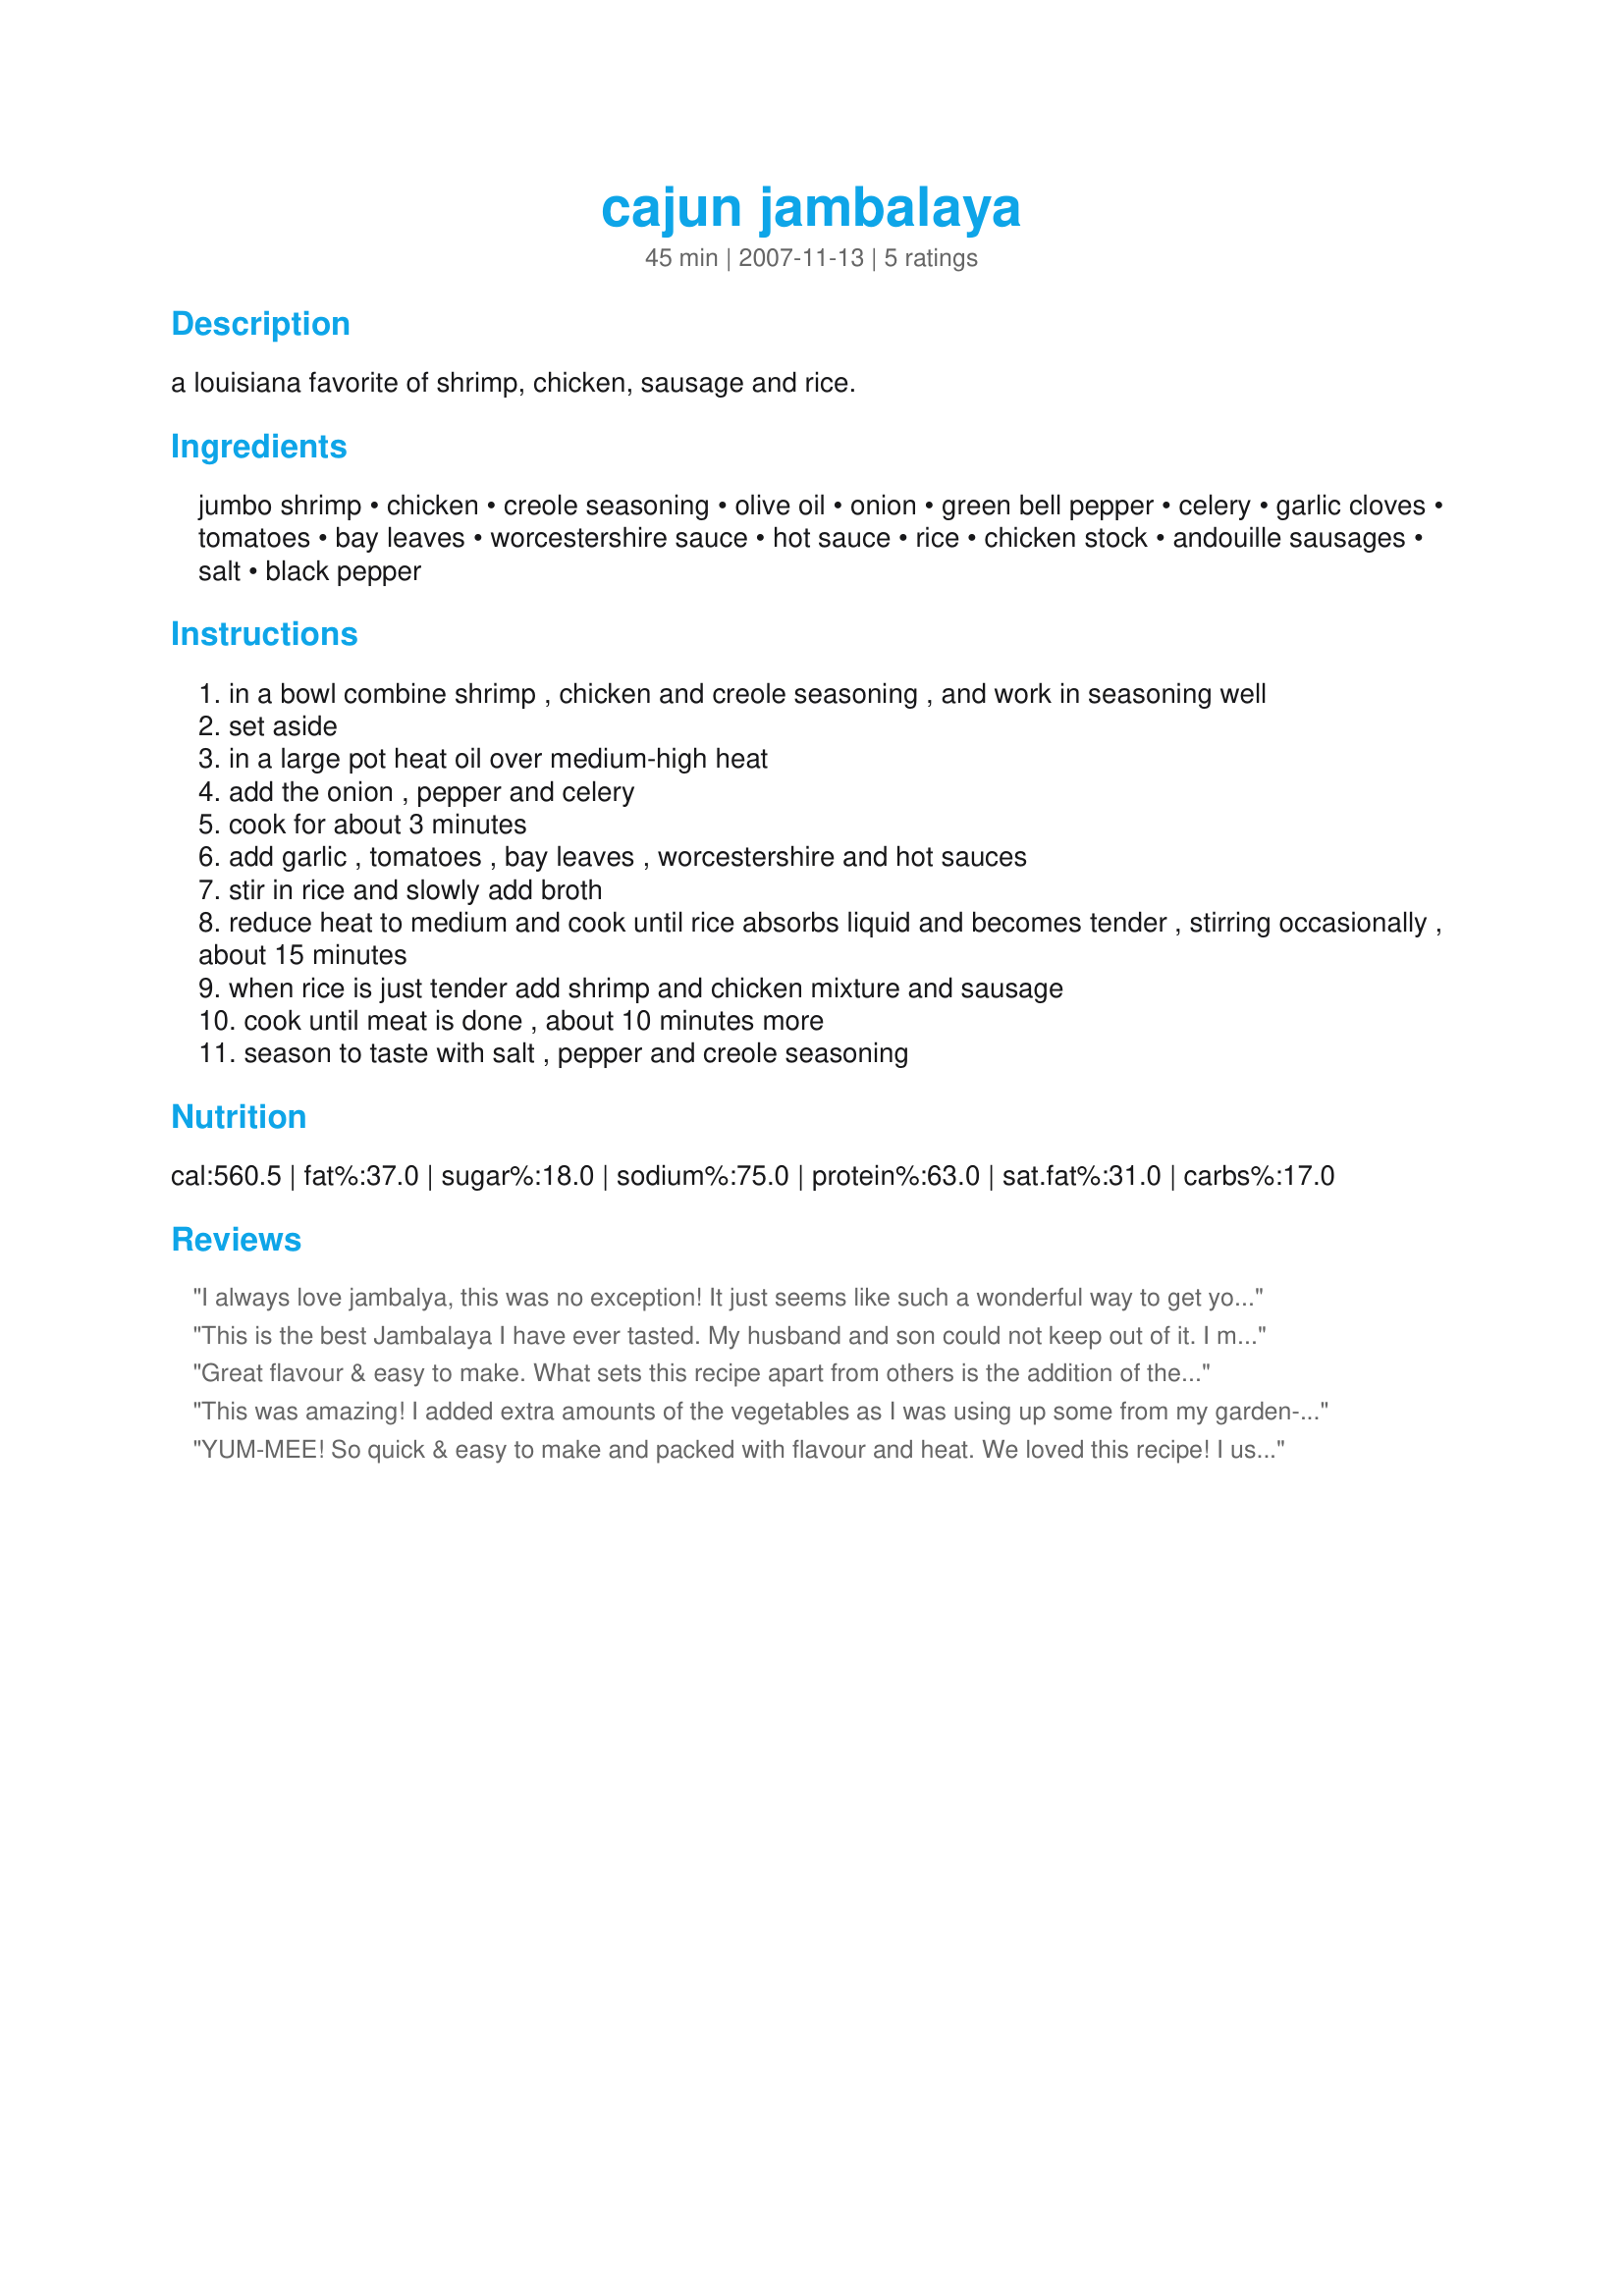
cajun jambalaya
Preparation time: 45 minutes

a louisiana favorite of shrimp, chicken, sausage and rice.

Ingredients:
jumbo shrimp, chicken, creole seasoning, olive oil, onion, green bell pepper, celery, garlic cloves, tomatoes, bay leaves, worcestershire sauce, hot sauce, rice, chicken stock, andouille sausages, salt, black pepper

Steps:
in a bowl combine shrimp , chicken and creole seasoning , and work in seasoning well
set aside
in a large pot heat oil over medium-high heat
add the onion , pepper and celery
cook for about 3 minutes
add garlic , tomatoes , bay leaves , worcestershire and hot sauces
stir in rice and slowly add broth
reduce heat to medium and cook until rice absorbs liquid and becomes tender , stirring occasionally , about 15 minutes
when rice is just tender add shrimp and chicken mixture and sausage
cook until meat is done , about 10 minutes more
season to taste with salt , pepper and creole seasoning

Reviews:
I always love jambalya, this was no exception! It just seems like such a wonderful way to get your whole meal in one pot! I omitted the shrimp, since there were non-shrimp-lovers present, but if it were just DH and I I would add them.

I served with home-baked bread, for a wonderful mid-week supper!
This is the best Jambalaya I have ever tasted. My husband and son could not keep out of it. I made a big pot and it was gone within hours. Thank you for this wonderful recipe.
Great flavour & easy to make. What sets this recipe apart from others is the addition of the worcestershire sauce & bay leaves. Like others I used E/L essence spice & added finely chopped jalapeno peppers. I increased the chicken, sausage & garlic abit and it was the perfect consistency for us. I also added chopped green onions & fresh parsley close to the end of cooking. I found the dish plenty salty & did not need to add the extra salt called for in the recipe. Awesome recipe, thanks for sharing.
This was amazing! I added extra amounts of the vegetables as I was using up some from my garden- that is really the only change I made though- I was worried that it would be too spicy- but it was not- It had just the right amount of kick- and the flavors went together SO well! I added just one teaspoon of salt and pepper at the end( instead of two)- The taste is just fantastic and everyone in my family loved it! Thanks for a great recipe!
YUM-MEE! So quick & easy to make and packed with flavour and heat. We loved this recipe! I used recipe #14372 for the cajun spice and Mad Dog 357 for the hot sauce. (It's higher on the heat level than Mikes Extra-Hot but also has a wonderful flavour,not just heat.) I also added 1 seeded and finely chopped jalepeno along with the tomatoes etc. I couldn't find andouille sausage here so used a hot chorizo instead. Served this with a crusty grainery bread & artichoke/asiago dip and fresh english cucumbers. There were no left overs!
